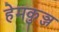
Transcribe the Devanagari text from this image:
हेमकुञ्ज